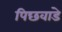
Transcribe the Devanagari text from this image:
पिछवाडे